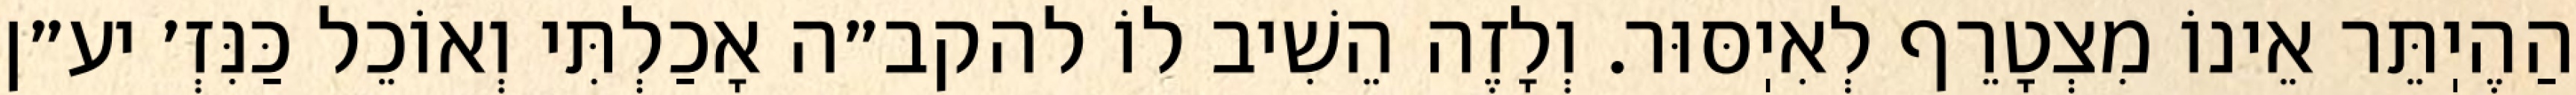
הַהֶיֽתֵּר אֵינוֹ מִצְטָרֵף לְאִיֽסּוּר. וְלָזֶה הֵשִׁיב לוֹ להקב״ה אָכַלְתִּי וְאוֹכֵל כַּנִּזְ׳ יע״ן